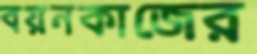
বয়নকাজের